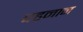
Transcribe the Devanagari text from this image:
पहनान